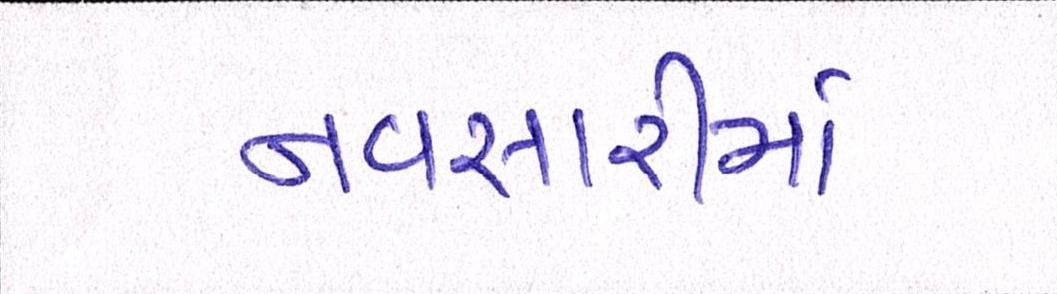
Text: નવસારીમાં